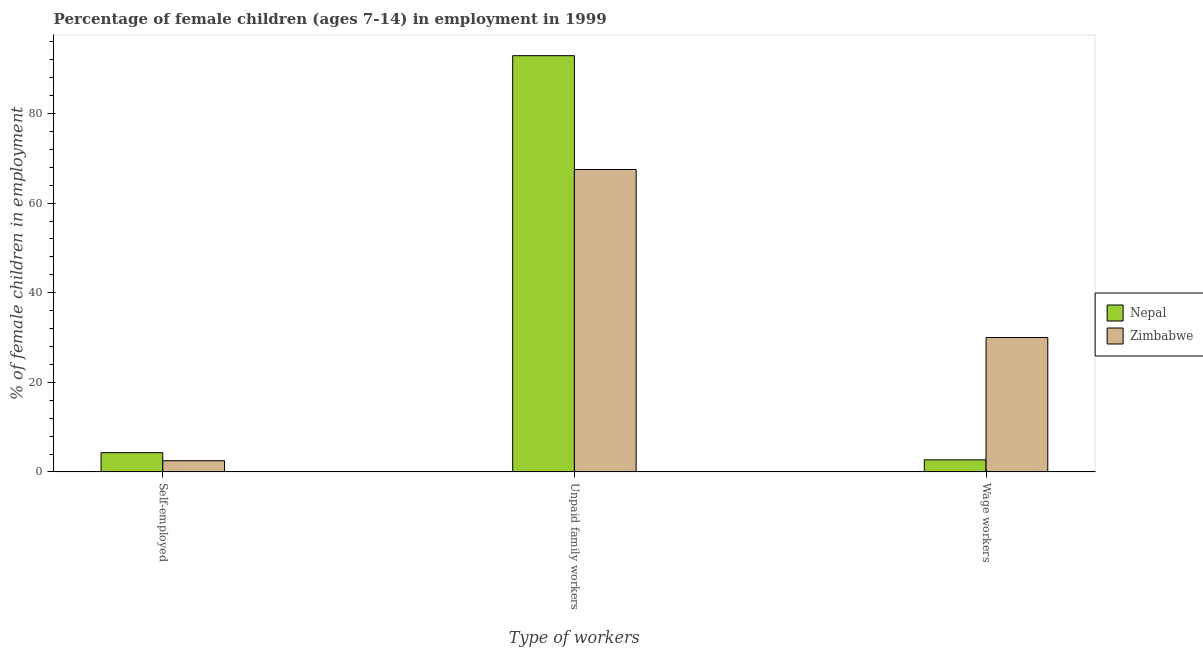
| Type of workers | Nepal | Zimbabwe |
 | --- | --- | --- |
 | Self-employed | 4.3 | 2.5 |
 | Unpaid family workers | 92.9 | 67.5 |
 | Wage workers | 2.7 | 30 |